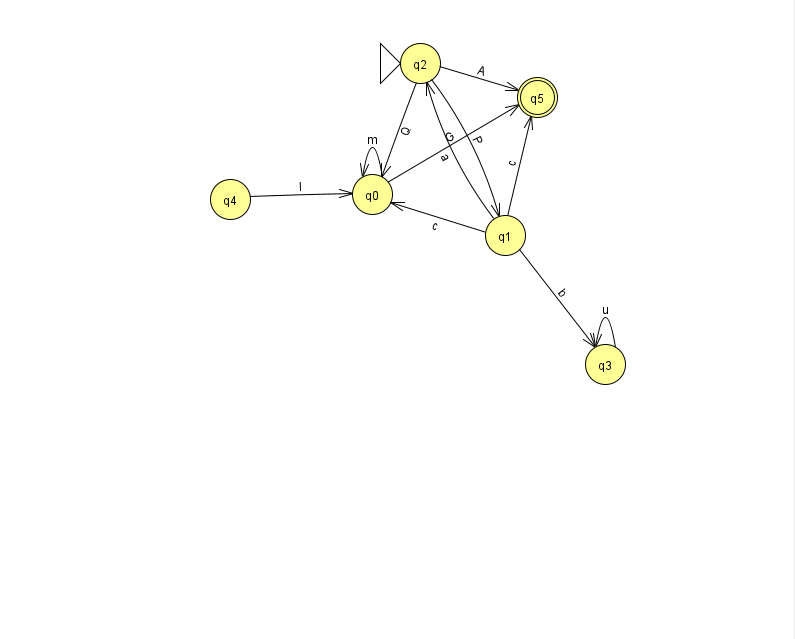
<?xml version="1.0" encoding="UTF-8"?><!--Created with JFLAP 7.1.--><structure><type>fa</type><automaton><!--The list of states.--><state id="0" name="q0"><x>372.0</x><y>181.0</y></state><state id="1" name="q1"><x>505.0</x><y>222.0</y></state><state id="2" name="q2"><x>420.0</x><y>50.0</y><initial/></state><state id="3" name="q3"><x>605.0</x><y>351.0</y></state><state id="4" name="q4"><x>230.0</x><y>186.0</y></state><state id="5" name="q5"><x>537.0</x><y>84.0</y><final/></state><!--The list of transitions.--><transition><from>0</from><to>5</to><read>G</read></transition><transition><from>2</from><to>1</to><read>P</read></transition><transition><from>1</from><to>2</to><read>a</read></transition><transition><from>3</from><to>3</to><read>u</read></transition><transition><from>4</from><to>0</to><read>l</read></transition><transition><from>1</from><to>3</to><read>b</read></transition><transition><from>1</from><to>5</to><read>c</read></transition><transition><from>2</from><to>5</to><read>A</read></transition><transition><from>0</from><to>0</to><read>m</read></transition><transition><from>1</from><to>0</to><read>c</read></transition><transition><from>2</from><to>0</to><read>Q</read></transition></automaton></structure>